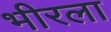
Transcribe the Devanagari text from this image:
भीरला